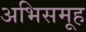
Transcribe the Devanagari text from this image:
अभिसमूह